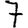
Digit: 7